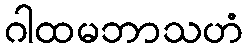
ဂါထမဘာသဟံ